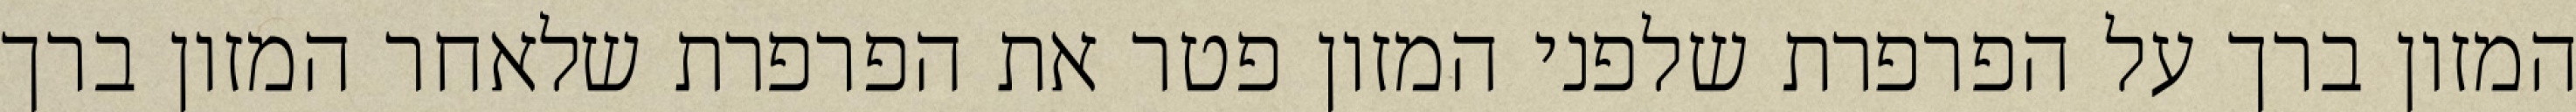
המזון ברך על הפרפרת שלפני המזון פטר את הפרפרת שלאחר המזון ברך